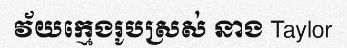
វ័យក្មេងរូបស្រស់ នាង Taylor